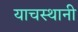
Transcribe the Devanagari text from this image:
याचस्थानी